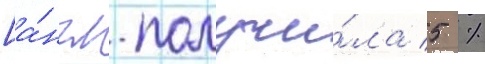
[а́нгл. получи́ла 5 %